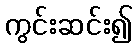
ကွင်းဆင်း၍